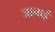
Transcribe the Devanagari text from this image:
जानाई